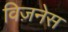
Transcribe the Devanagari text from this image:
विज़नेस